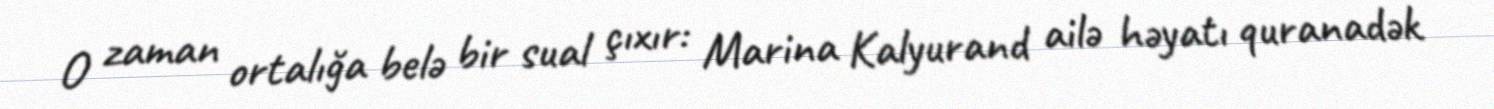
O zaman ortalığa belə bir sual çıxır: Marina Kalyurand ailə həyatı quranadək